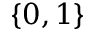
\{ 0 , 1 \}